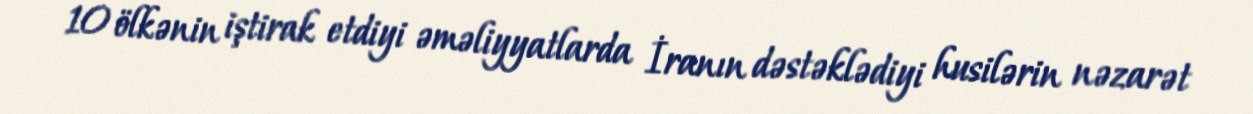
10 ölkənin iştirak etdiyi əməliyyatlarda İranın dəstəklədiyi husilərin nəzarət